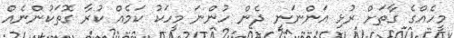
މީހެއްގެ ގާތަށް ރުޅި އަންނަނީ ދެން ހުންނަ މީހަކު ކަމެއް ކުރާ ގޮތަކުންނެއް